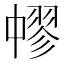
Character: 𦑬